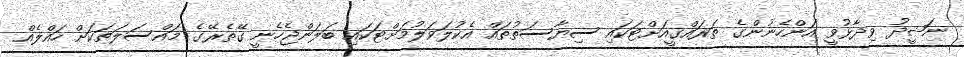
ނަޝީދު ވިދާޅުވީ އަންހެނުންގެ ތަރައްގީއަށްޓަކައި ސިޔާސަތުތައް އެކުލަވަލުމަށްޓަކައި ބަލަންޖެހެނީ ގޭތެރޭގެ މައްސަލަތަކަށް ހައްލެއް